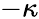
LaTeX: -\kappa